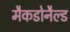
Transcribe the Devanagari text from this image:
मैकडोनैल्ड